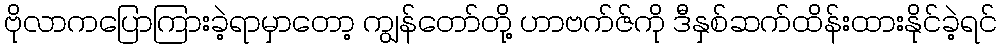
ဗိုလာကပြောကြားခဲ့ရာမှာတော့ ကျွန်တော်တို့ ဟာဗက်ဇ်ကို ဒီနှစ်ဆက်ထိန်းထားနိုင်ခဲ့ရင်